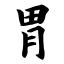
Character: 胃